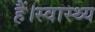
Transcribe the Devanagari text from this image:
हैं।स्वास्थ्य